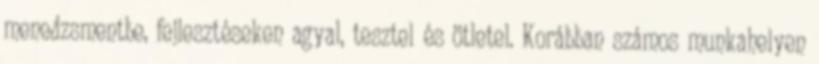
menedzsmentbe, fejlesztéseken agyal, tesztel és ötletel. Korábban számos munkahelyen